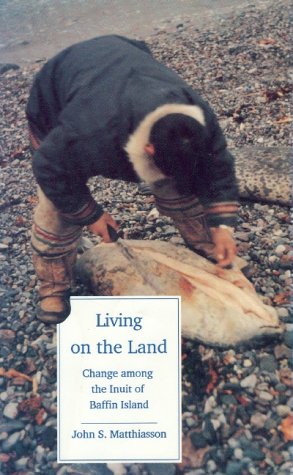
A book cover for Living on the Land: Change Among the Inuit of Baffin Island; John S. Matthiasson; History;